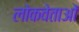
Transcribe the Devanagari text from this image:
लोकवेताओं